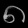
Digit: ၈